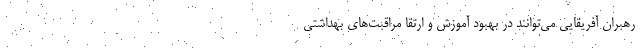
رهبران آفریقایی می‌توانند در بهبود آموزش و ارتقا مراقبت‌های بهداشتی